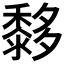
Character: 𪐀